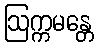
ဩက္ကမန္တေ